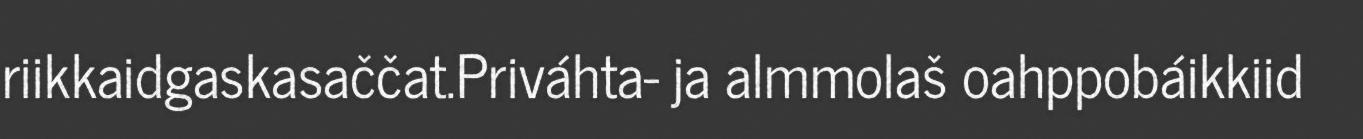
riikkaidgaskasaččat.Priváhta- ja almmolaš oahppobáikkiid